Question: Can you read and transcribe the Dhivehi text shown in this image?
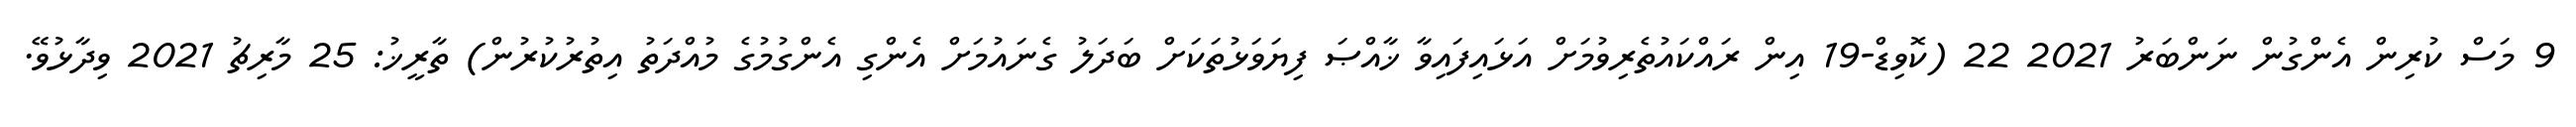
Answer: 9 މަސް ކުރިން އެންގުން ނަންބަރު 2021 22 (ކޮވިޑް-19 އިން ރައްކައުތެރިވުމަށް އަޅައިފައިވާ ޚާއްޞަ ފިޔަވަޅުތަކަށް ބަދަލު ގެނައުމަށް އެންގި އެންގުމުގެ މުއްދަތު އިތުރުކުރުން) ތާރީޚު: 25 މާރިޗު 2021 ވިދާޅުވޭ.